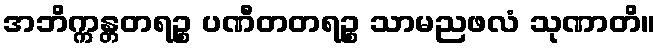
အဘိက္ကန္တတရဉ္စ ပဏီတတရဉ္စ သာမညဖလံ သုဏာတိ။